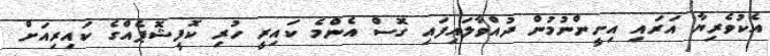
އެކުވެރިޔާ އަރައި އިށީންނުމުން ދުއްވާލައިފައި ގޮސް އެންމެ ކައިރީ ހުރި ކޮފީޝޮޕެއްގެ ކައިރިއަށް